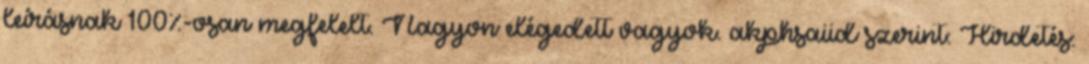
leírásnak 100%-osan megfelelt. Nagyon elégedett vagyok. akphsaiid szerint: Hirdetés: